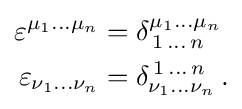
{\begin{aligned}\varepsilon ^{\mu _{1}\dots \mu _{n}}&=\delta _{\,1\,\dots \,n}^{\mu _{1}\dots \mu _{n}}\,\\\varepsilon _{\nu _{1}\dots \nu _{n}}&=\delta _{\nu _{1}\dots \nu _{n}}^{\,1\,\dots \,n}\,.\end{aligned}}